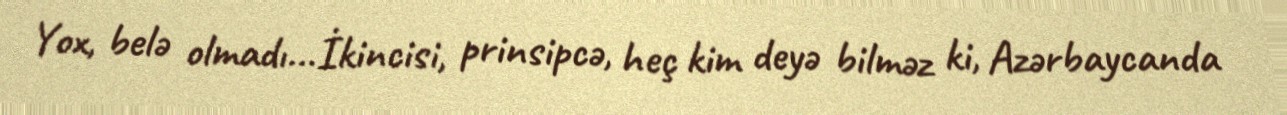
Yox, belə olmadı...İkincisi, prinsipcə, heç kim deyə bilməz ki, Azərbaycanda